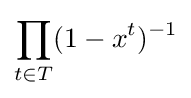
\prod _{t\in T}(1-x^{t})^{-1}